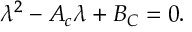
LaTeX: \lambda ^ { 2 } - { \cal A } _ { c } \lambda + { \cal B } _ { C } = 0 .